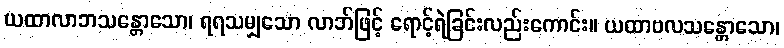
ယထာလာဘသန္တောသော၊ ရရသမျှသော လာဘ်ဖြင့် ရောင့်ရဲခြင်းလည်းကောင်း။ ယထာဗလသန္တောသော၊